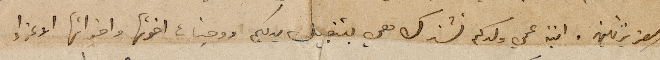
العزيزتين. ابنة عمي ولدكم تشترك معي بتقبيل يديكم ووجنات اخوتها واخواتها الاعزاء